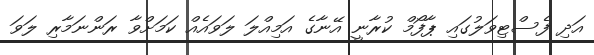
އަދި ފެސްޓިވަލުގައި ޕާފޯމް ކުރާނީ އޭނާގެ އަމިއްލަ ލަވައެއް ކަމަށްވާ ރަންނަމާރި ލަވަ